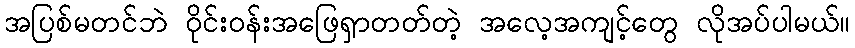
အပြစ်မတင်ဘဲ ဝိုင်းဝန်းအဖြေရှာတတ်တဲ့ အလေ့အကျင့်တွေ လိုအပ်ပါမယ်။